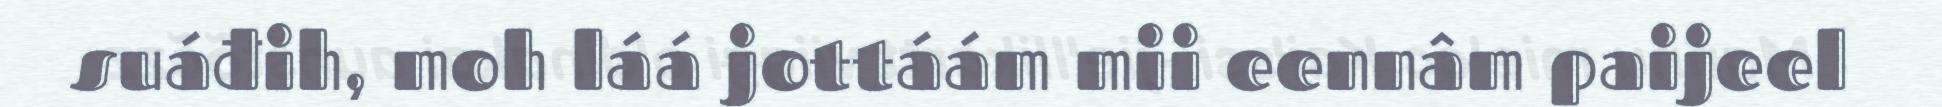
suáđih, moh láá jottáám mii eennâm paijeel